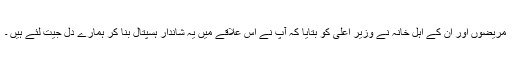
مریضوں اور ان کے اہل خانہ نے وزیر اعلی کو بتایا کہ آپ نے اس علاقے میں یہ شاندار ہسپتال بنا کر ہمارے دل جیت لئے ہیں ۔